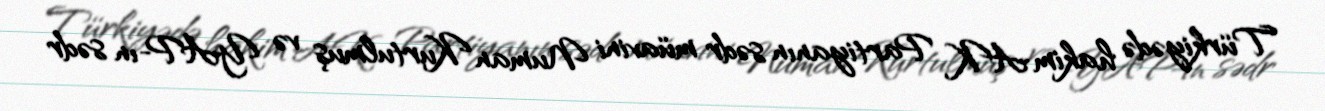
Türkiyədə hakim AK Partiyanın sədr müavini Numan Kurtulmuş və YAP-ın sədr